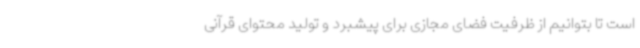
است تا بتوانیم از ظرفیت فضای مجازی برای پیشبرد و تولید محتوای قرآنی